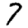
Digit: 7